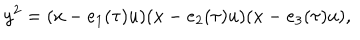
y ^ { 2 } = ( x - e _ { 1 } ( \tau ) u ) ( x - e _ { 2 } ( \tau ) u ) ( x - e _ { 3 } ( \tau ) u ) ,